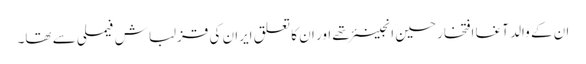
ان کے والد آغا افتخار حسین انجینئر تھے اور ان کا تعلق ایران کی قزلباش فیملی سے تھا۔